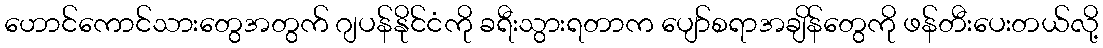
ဟောင်ကောင်သားတွေအတွက် ဂျပန်နိုင်ငံကို ခရီးသွားရတာက ပျော်စရာအချိန်တွေကို ဖန်တီးပေးတယ်လို့